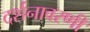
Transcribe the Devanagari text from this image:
दर्शनावरणी